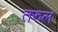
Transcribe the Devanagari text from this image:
तरुल